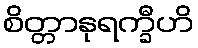
စိတ္တာနုရက္ခီဟိ